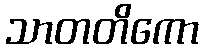
သာတတိကော